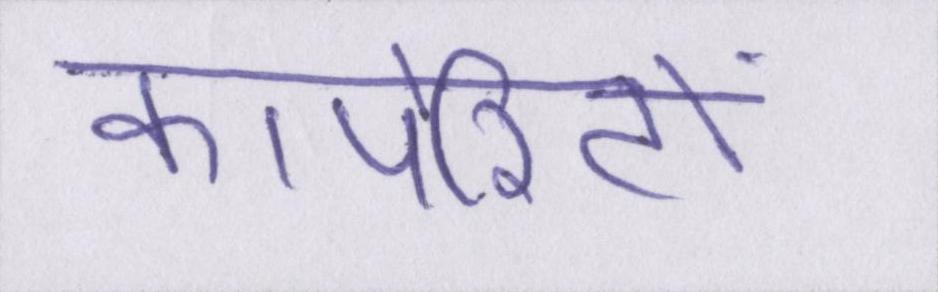
कार्पोरेटों